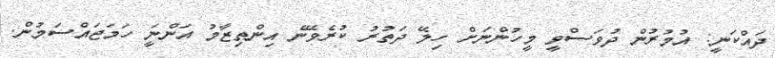
ދައްކަނީ: އުމުރުން ދުވަސްވީ މީހުންނަށް ހިލޭ ދަތުރު ކުރެވޭނެ އިންތިޒާމު އަންނަީ ހަމަޖައްސަމުން.